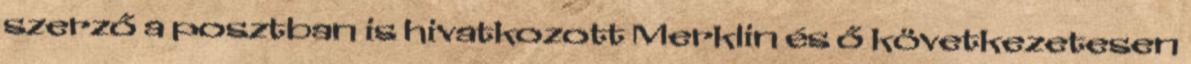
szerző a posztban is hivatkozott Merklin és ő következetesen